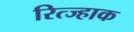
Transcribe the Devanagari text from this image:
रित्ज्हाक